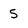
Character: 5